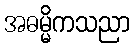
အဓမ္မိကသညာ